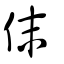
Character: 𠇱